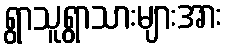
ရွာသူရွာသားများအား